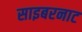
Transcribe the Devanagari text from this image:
साइबरनाट